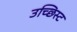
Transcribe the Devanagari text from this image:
उच्छिस्ट